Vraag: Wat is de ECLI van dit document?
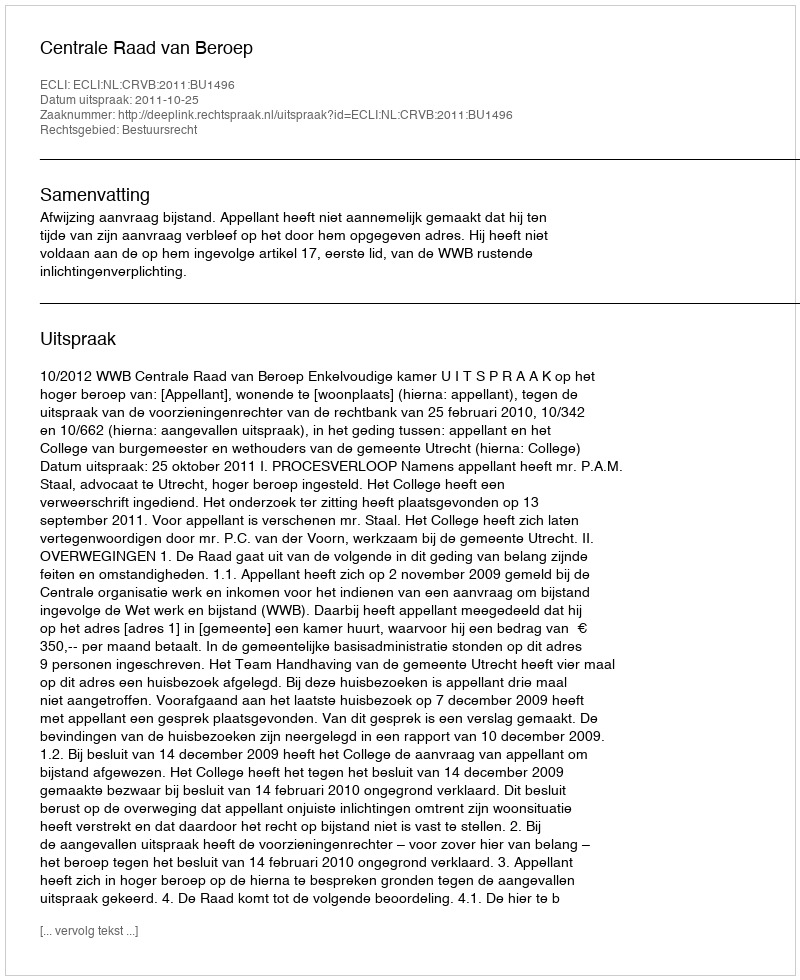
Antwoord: ECLI:NL:CRVB:2011:BU1496